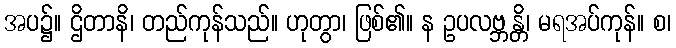
အပ၌။ ဌိတာနိ၊ တည်ကုန်သည်။ ဟုတွာ၊ ဖြစ်၏။ န ဥပလဗ္ဘန္တိ၊ မရအပ်ကုန်။ စ၊